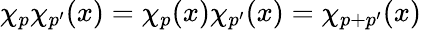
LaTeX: \chi_{p}\chi_{p^{\prime}}(x)=\chi_{p}(x)\chi_{p^{\prime}}(x)=\chi_{p+p^{\prime}}(x)